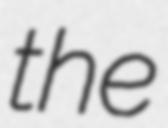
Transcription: the